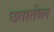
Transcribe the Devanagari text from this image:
छतातील